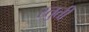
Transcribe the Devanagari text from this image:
स्‍तुती